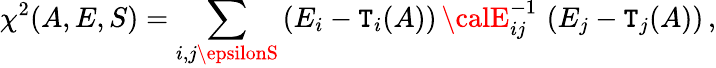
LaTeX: \chi^{2}(A,E,S)=\sum_{i,j\epsilonS}\left(E_{i}-\mathtt{T}_{i}(A)\right)\, {\calE}_{ij}^{-1}\, \left(E_{j}-\mathtt{T}_{j}(A)\right)\, ,